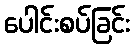
ပေါင်းစပ်ခြင်း